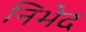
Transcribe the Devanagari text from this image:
निभेद